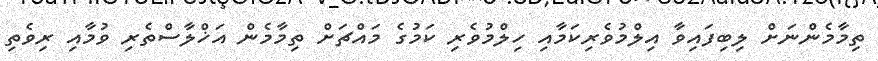
ތިމާމެންނަށް ލިބިފައިވާ އިލްމުވެރިކަމާއި ހިލްމުވެރި ކަމުގެ މައްޗަށް ތިމާމެން އަޚްލާސްތެރި ވުމާއި ރިވެތި